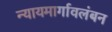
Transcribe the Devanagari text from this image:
न्यायमार्गावलंबन